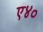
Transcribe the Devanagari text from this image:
ए४०